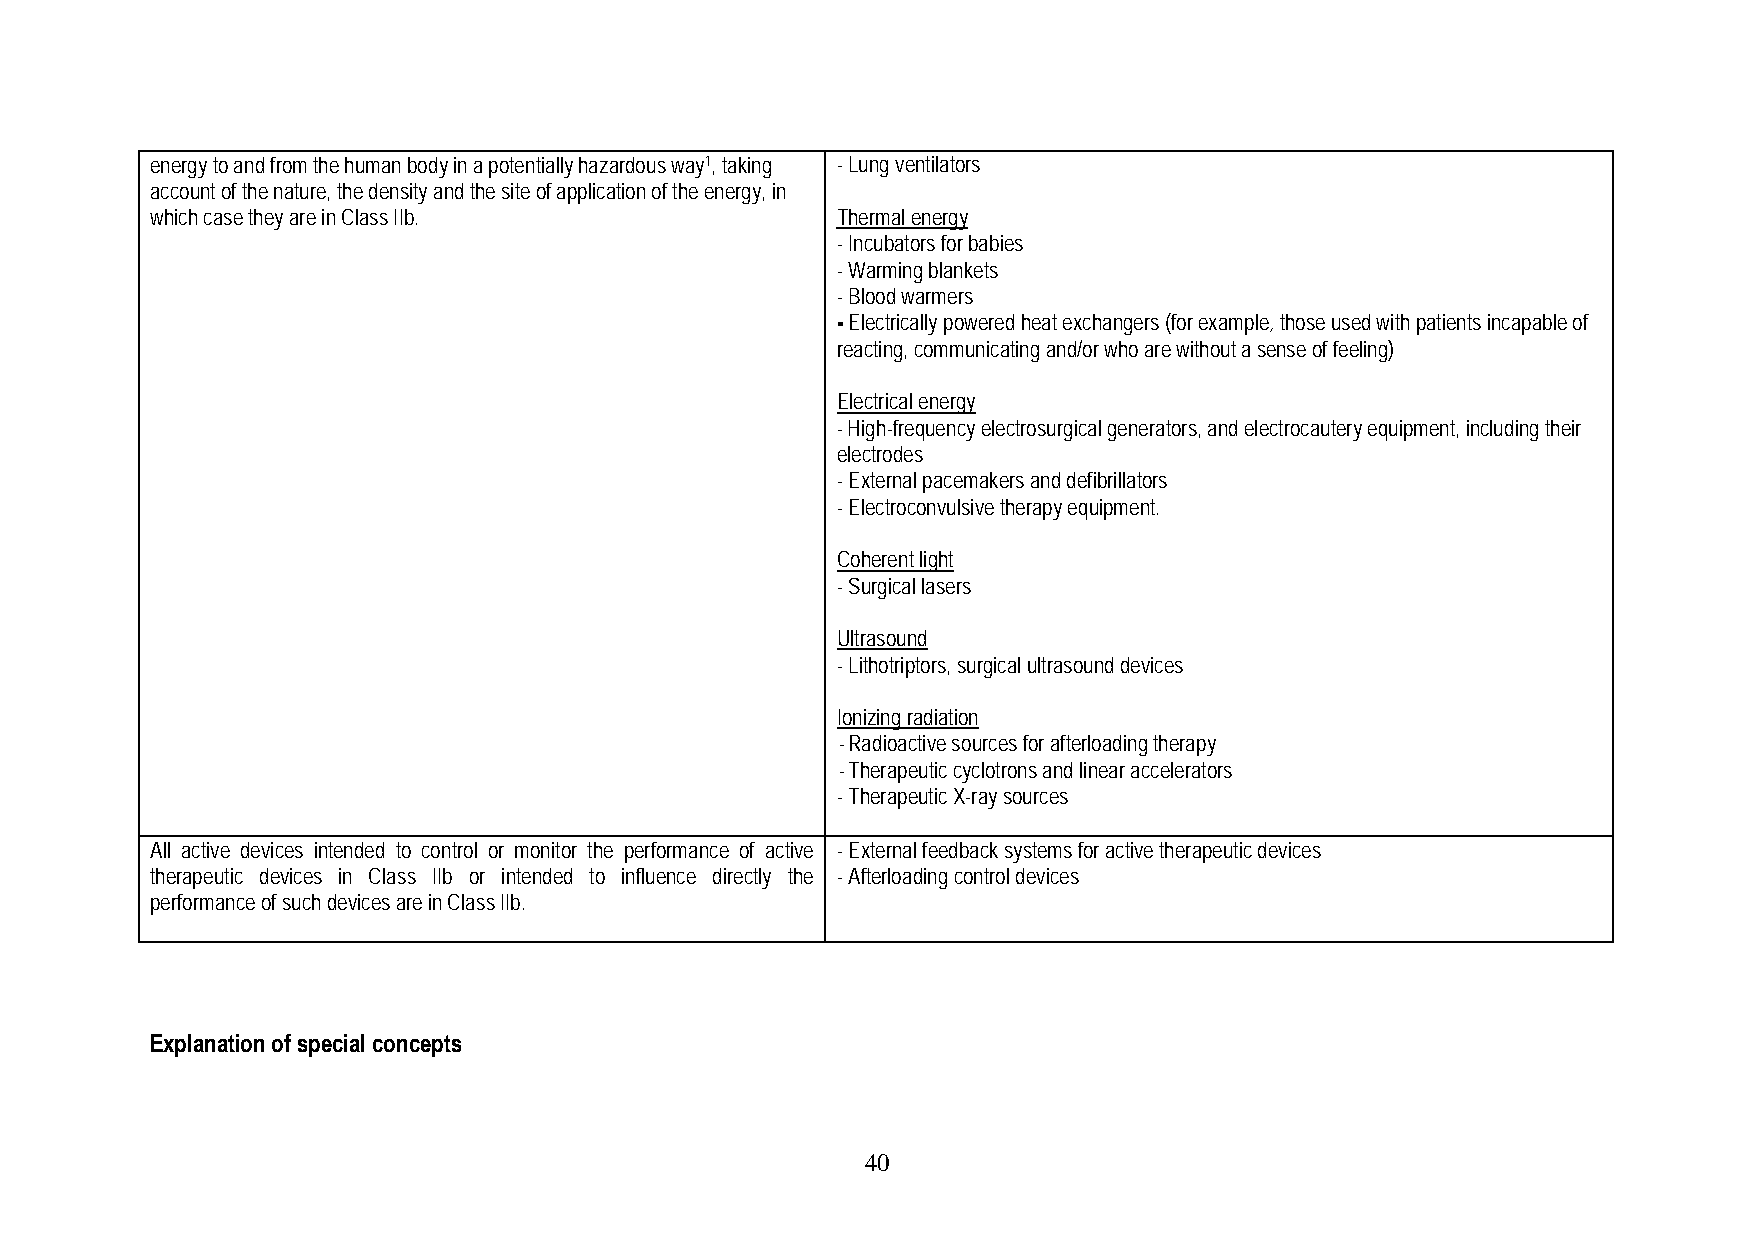
energy to and from the human body in a potentially hazardous way1, taking - Lung ventilators
 account of the nature, the density and the site of application of the energy, in
 which case they are in Class IIb.            Thermal energy
 - Incubators for babies
 - Warming blankets
 - Blood warmers
 - Electrically powered heat exchangers (for example, those used with patients incapable of
 reacting, communicating and/or who are without a sense of feeling)
 Electrical energy
 - High-frequency electrosurgical generators, and electrocautery equipment, including their
 electrodes
 - External pacemakers and defibrillators
 - Electroconvulsive therapy equipment.
 Coherent light
 - Surgical lasers
 Ultrasound
 - Lithotriptors, surgical ultrasound devices
 Ionizing radiation
 - Radioactive sources for afterloading therapy
 - Therapeutic cyclotrons and linear accelerators
 - Therapeutic X-ray sources
 All active devices intended to control or monitor the performance of active - External feedback systems for active therapeutic devices
 therapeutic devices in Class IIb or intended to influence directly the - Afterloading control devices
 performance of such devices are in Class IIb.
 Explanation of special concepts
 4 0